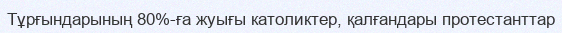
Тұрғындарының 80%-ға жуығы католиктер, қалғандары протестанттар